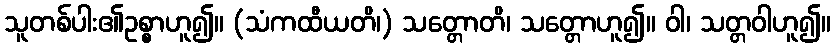
သူတစ်ပါး၏ဥစ္စာဟူ၍။ (သံကထီယတိ၊) သတ္တောတိ၊ သတ္တောဟူ၍။ ဝါ၊ သတ္တဝါဟူ၍။